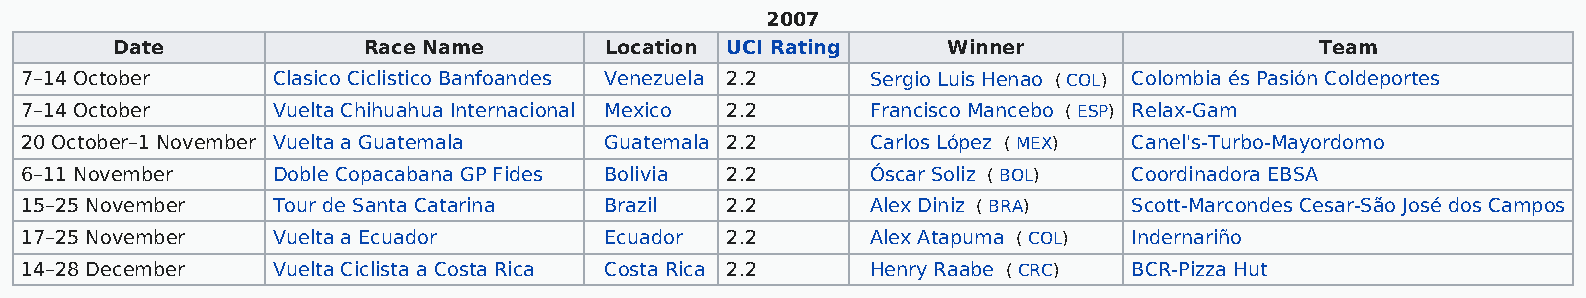
2007
 Date             Race Name       Location UCI Rating    Winner                  Team
 7–14 October     Clasico Ciclistico Banfoandes Venezuela 2.2 Sergio Luis Henao ( COL) Colombia és Pasión Coldeportes
 7–14 October     Vuelta Chihuahua Internacional Mexico 2.2 Francisco Mancebo ( ESP) Relax-Gam
 20 October–1 November Vuelta a Guatemala Guatemala 2.2   Carlos López ( MEX) Canel's-Turbo-Mayordomo
 6–11 November    Doble Copacabana GP Fides Bolivia 2.2   Óscar Soliz ( BOL) Coordinadora EBSA
 15–25 November   Tour de Santa Catarina Brazil 2.2       Alex Diniz ( BRA) Scott-Marcondes Cesar-São José dos Campos
 17–25 November   Vuelta a Ecuador      Ecuador 2.2       Alex Atapuma ( COL) Indernariño
 14–28 December   Vuelta Ciclista a Costa Rica Costa Rica 2.2 Henry Raabe ( CRC) BCR-Pizza Hut